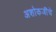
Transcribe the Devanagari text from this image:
अशोकजींचे